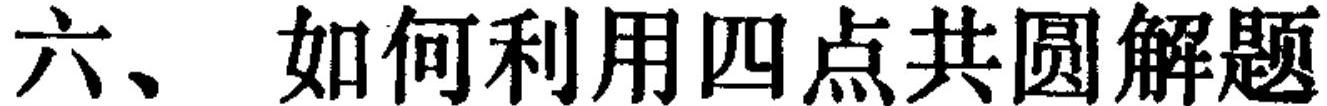
六、如何利用四点共圆解题